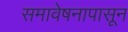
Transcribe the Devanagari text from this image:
समावेषनापासून